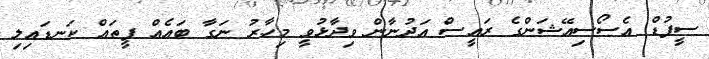
ސީފުޑް އެސޯސިއޭޝަންގެ ރައީސް އަދުނާން ވިދާޅުވީ މިހާރު ނަގާ ބައެއް ފީތައް ކަނޑައިލި